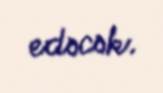
edəcək.